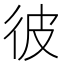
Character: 彼